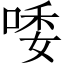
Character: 唩